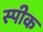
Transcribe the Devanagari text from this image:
स्‍पीक